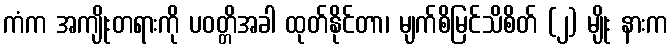
ကံက အကျိုးတရားကို ပဝတ္တိအခါ ထုတ်နိုင်တာ၊ မျက်စိမြင်သိစိတ် (၂) မျိုး နားက